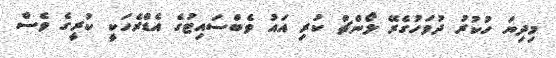
މިދިޔަ ހުކުރު ދުވަހުގެރޭ ލޯންޗް ކުރި އައު ވެބްސައިޓުގެ އެޑްރެހަކީ ކުރީގެ ވެސް